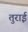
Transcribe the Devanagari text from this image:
तुराई